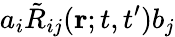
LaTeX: a_{i}\tilde{R}_{ij}({\mathbf{r}};t,t^{\prime})b_{j}